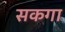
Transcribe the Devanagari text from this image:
सकगा